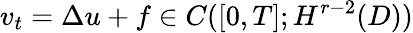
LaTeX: v_{t}=\Delta u+f\in C([0,T];H^{r-2}(D))